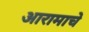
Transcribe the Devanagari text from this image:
आरामाचे